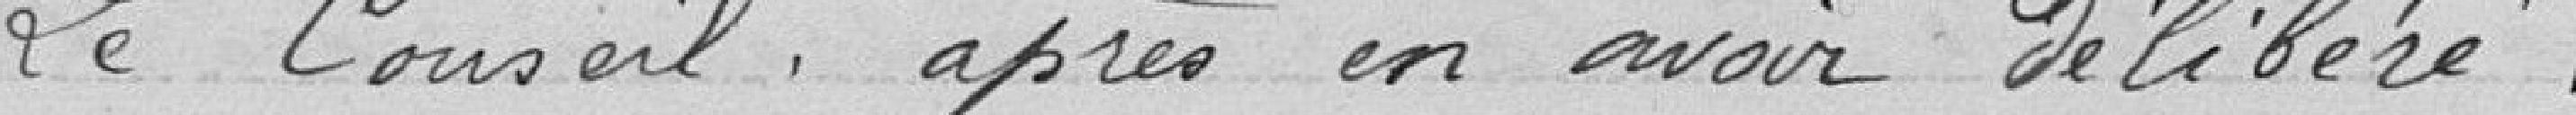
Le Conseil après en avoir délibéré :